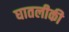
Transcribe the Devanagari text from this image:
घातलीकी